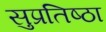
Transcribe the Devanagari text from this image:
सुप्रतिष्ठा